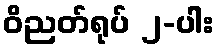
ဝိညတ်ရုပ် ၂-ပါး